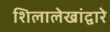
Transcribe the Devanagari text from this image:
शिलालेखांद्वारे